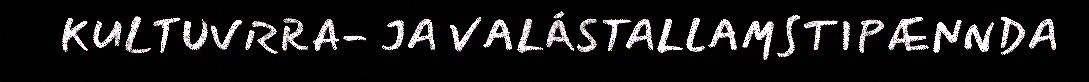
KULTUVRRA- JA VALÁSTALLAMSTIPÆNNDA